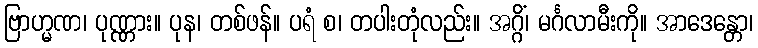
ဗြာဟ္မဏ၊ ပုဏ္ဏား။ ပုန၊ တစ်ဖန်။ ပရံ စ၊ တပါးတုံလည်း။ အဂ္ဂိံ၊ မင်္ဂလာမီးကို။ အာဒေန္တော၊